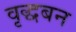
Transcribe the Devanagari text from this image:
वृद्धबन